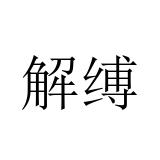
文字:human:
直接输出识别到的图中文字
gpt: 解缚